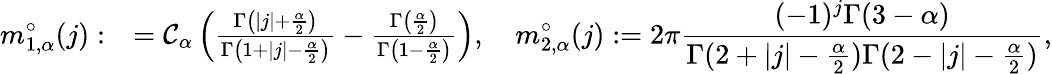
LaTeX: \begin{array}{rl}{\displaystyle m_{1,\alpha}^{\circ}(j):}&{=\mathcal{C}_{\alpha}\left(\frac{\Gamma\left(|j|+\frac{\alpha}{2}\right)}{\Gamma\left(1+|j|-\frac{\alpha}{2}\right)}-\frac{\Gamma\left(\frac{\alpha}{2}\right)}{\Gamma\left(1-\frac{\alpha}{2}\right)}\right),\quad\displaystyle m_{2,\alpha}^{\circ}(j):=2\pi\frac{(-1)^{j}\Gamma(3-\alpha)}{\Gamma(2+|j|-\frac{\alpha}{2})\Gamma(2-|j|-\frac{\alpha}{2})},}\end{array}